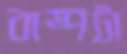
বাষ্পটা